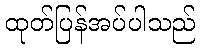
ထုတ်ပြန်အပ်ပါသည်